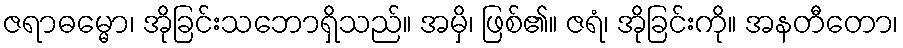
ဇရာဓမ္မော၊ အိုခြင်းသဘောရှိသည်။ အမှိ၊ ဖြစ်၏။ ဇရံ၊ အိုခြင်းကို။ အနတီတော၊